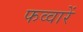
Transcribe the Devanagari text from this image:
फव्वारें